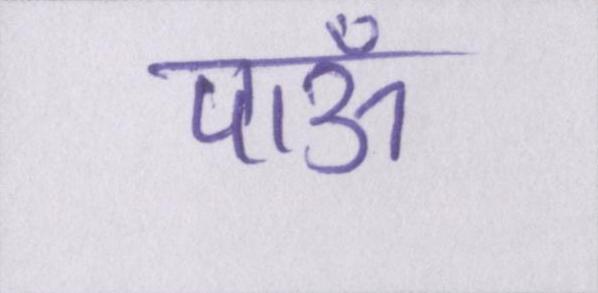
पाऊँ